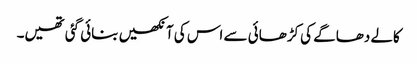
کالے دھاگے کی کڑھائی سے اس کی آنکھیں بنائی گئی تھیں۔